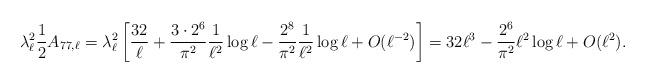
LaTeX: \begin{align*}{ \lambda _{\ell }^{2} \frac 1 2 A_{77,\ell} =\lambda _{\ell }^{2} \left[ \frac{32}{\ell} + \frac{3 \cdot 2^6}{\pi^2} \frac{1}{\ell^2} \log \ell - \frac{2^8}{\pi^2} \frac{1}{\ell^2} \log \ell+O(\ell^{-2}) \right] = 32 \ell^3 - \frac{ 2^6}{\pi^2} \ell^2 \log \ell +O(\ell^{2}).}\end{align*}